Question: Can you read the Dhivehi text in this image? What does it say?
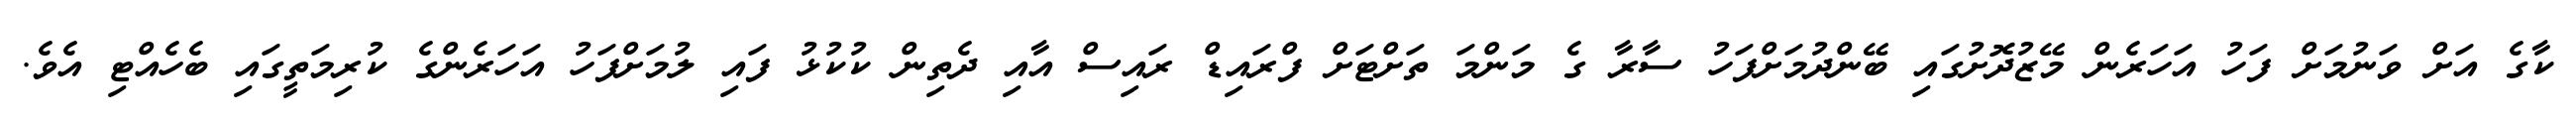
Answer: ކާގެ އަށް ވަނުމަށް ފަހު އަހަރެން މޭޒުދޮށުގައި ބޭންދުމަށްފަހު ސާރާ ގެ މަންމަ ތަށްޓަށް ފްރައިޑް ރައިސް އާއި ދެތިން ކުކުޅު ފައި ލުމަށްފަހު އަހަރެންގެ ކުރިމަތީގައި ބެހެއްޓި އެވެ.